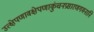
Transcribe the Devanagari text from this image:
उत्क्षेपणावक्षेपणाकुंचनप्रसारणगमनानि